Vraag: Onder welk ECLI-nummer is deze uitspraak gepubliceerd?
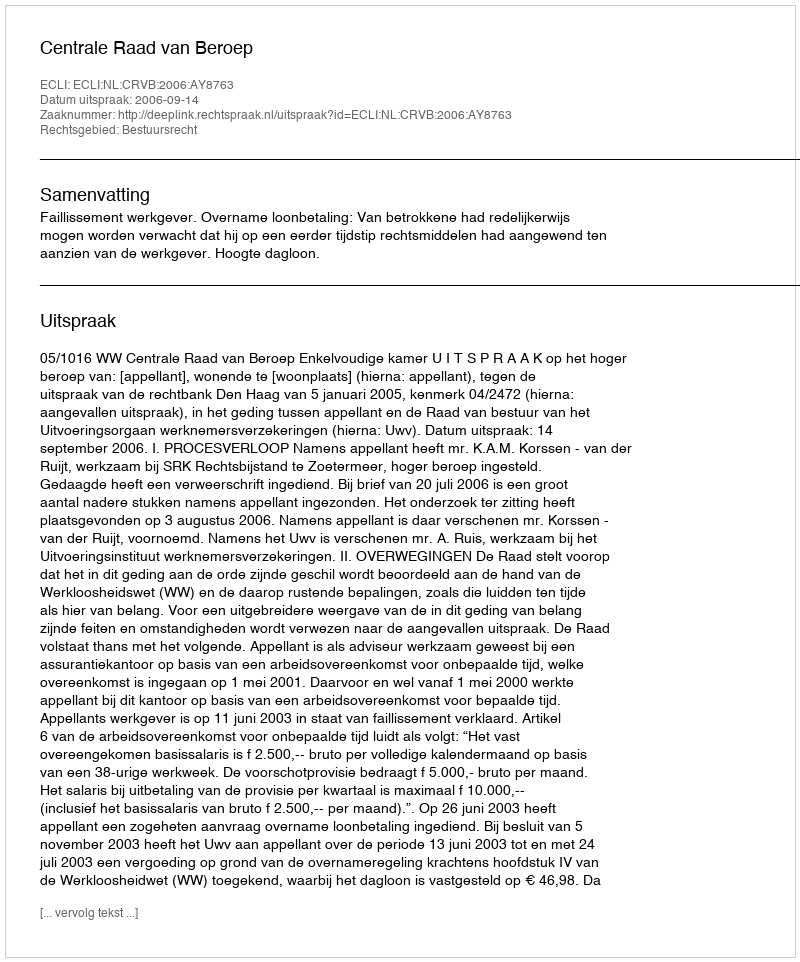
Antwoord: ECLI:NL:CRVB:2006:AY8763